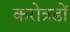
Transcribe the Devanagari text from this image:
करोत्रडों